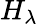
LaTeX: H_{\lambda}